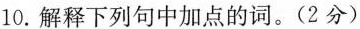
10. 解释下列句中加点的词。( 2分 )